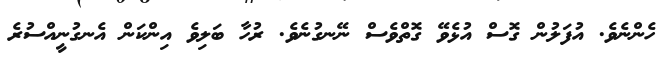
ހެންނެވެ. އުފަލުން ގޮސް އުޅެވޭ ގޮތްވެސް ނޭނގުނެވެ. ރުހާ ބަލިވެ އިންކަން އެނގުނީއްސުރެ